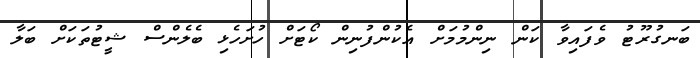
ބަނގުރޫޓު ވެފައިވާ ކަން ނިންމުމަށް އެކުންފުނިން ކޯޓަށް ހުށަހެޅި ބެލެންސް ޝީޓުތަކަށް ބަލާ